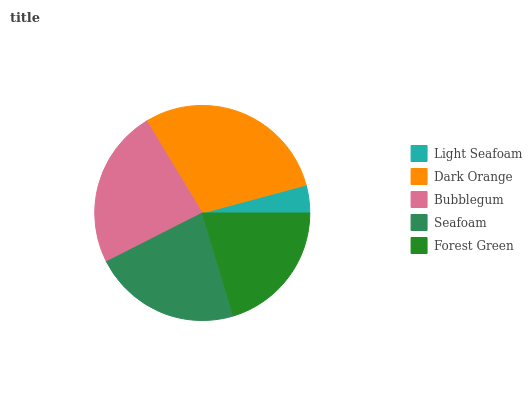
| Light Seafoam | Dark Orange | Bubblegum | Seafoam | Forest Green |
 | --- | --- | --- | --- | --- |
 | 4.19% | 29.4% | 23.9% | 22.1% | 20.4% |